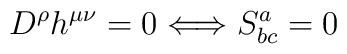
D^{\rho}h^{\mu \nu}=0 \Longleftrightarrow S^{a}_{bc}=0